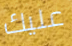
عليك